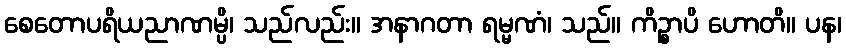
စေတောပရိယညာဏမ္ပိ၊ သည်လည်း။ အနာဂတာ ရမ္မဏံ၊ သည်။ ကိဉ္စာပိ ဟောတိ။ ပန၊